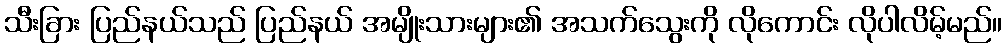
သီးခြား ပြည်နယ်သည် ပြည်နယ် အမျိုးသားများ၏ အသက်သွေးကို လိုကောင်း လိုပါလိမ့်မည်။